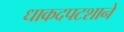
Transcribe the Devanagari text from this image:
धाकदपटशाने